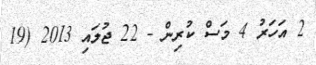
2 އަހަރު 4 މަސް ކުރިން - 22 ޖުލައި 2013 (19